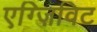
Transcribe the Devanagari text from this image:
एग्ज़िविट